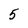
Character: 5